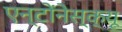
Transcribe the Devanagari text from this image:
एन्टोंनेस्क्यू